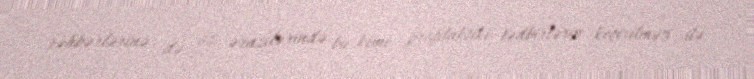
rəhbərlərinə də öz ərazilərində bu kimi profilaktiki tədbirlərin keçirilməsi ilə